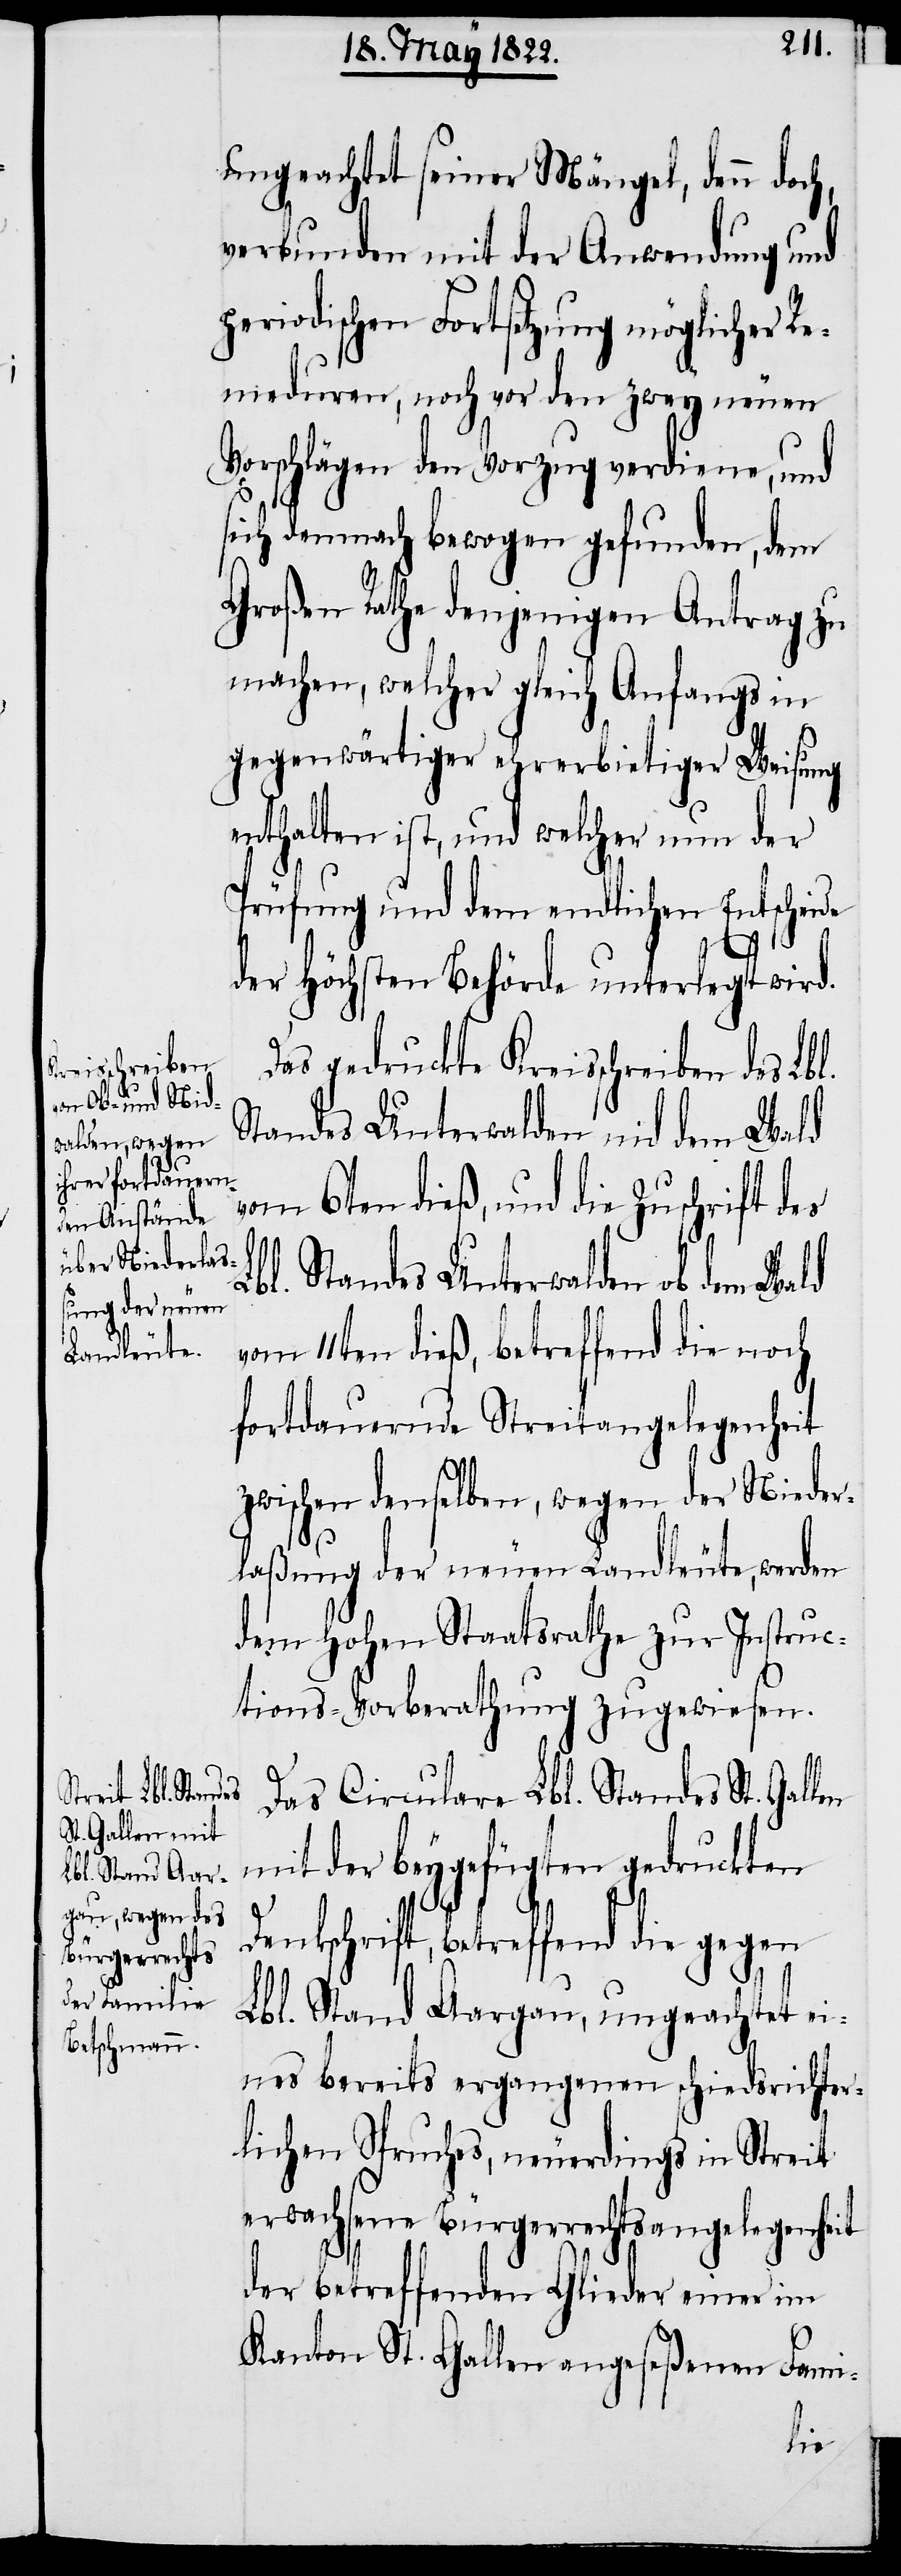
ungeachtet seiner Mängel, denn doc¬
verbunden mit der Anwendung und
periodischen Fortsetzung möglicher Re¬
meduren, noch vor den zwey neuen
Vorschlägen den Vorzug verdiene, und
sich demnach bewogen gefunden, dem
Großen Rathe denjenigen Antrag zu
machen, welcher gleich Anfangs in
gegenwärtiger ehrerbietiger Weisung
enthalten ist, und welcher nun der
Prüfung und dem endlichen Entscheide
Den¬
der höchsten Behörde unterlegt wird.
Das gedruckte Kreisschreiben des Lbl.
Standes Unterwalden nid dem Wald
vom 6ten dieß, und die Zuschrift des
Lbl. Standes Unterwalden ob dem Wald
vom 11ten dieß, betreffend die noch
fortdauernde Streitangelegenheit
zwischen denselben, wegen der Nieder¬
laßung der neuen Landleute, werden
dem hohen Staatsrathe zur Instruc¬
tions-Vorberathung zugewiesen.
Das Circulare Lbl. Standes St. Gal¬
mit der beygefügten gedruckten
kschrift, betreffend die gegen
Lbl. Stand Aargau, ungeachtet ei¬
nes bereits ergangenen schiedsrichter¬
lichen Spruches, neuerdings in Streit
erwachsene Bürgerrechtsangelegenheit
der betreffenden Glieder einer im
Kanton St. Gallen angeseßenen Fami-
len